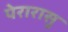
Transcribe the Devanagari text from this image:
पेरारासु